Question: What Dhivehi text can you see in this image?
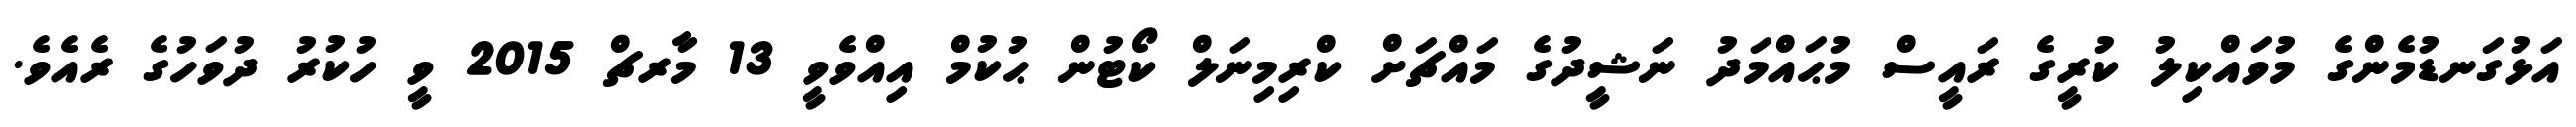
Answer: އަޅުގަނޑުމެންގެ މުވައްކިލު ކުރީގެ ރައީސް މުޙައްމަދު ނަޝީދުގެ މައްޗަށް ކްރިމިނަލް ކޯޓުން ޙުކުމް އިއްވެވީ 13 މާރޗް 2015 ވީ ހުކުރު ދުވަހުގެ ރެއެވެ.